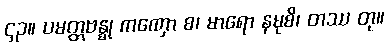
၄၃။ ပမတ္တဗန္ဓု ကဏှော စ၊ မာရော နမုစိ၊ တဿ တု။